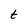
Character: t